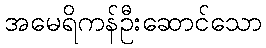
အမေရိကန်ဦးဆောင်သော